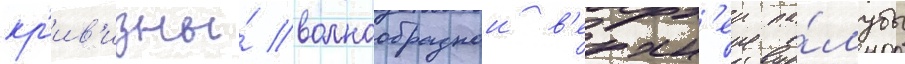
кр'ив'изны́ волнообразнои в'ерхн'еи па́лубы